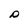
Character: P